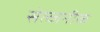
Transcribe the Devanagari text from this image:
सेल्जनीक